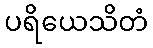
ပရိယေသိတံ